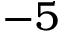
- 5